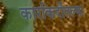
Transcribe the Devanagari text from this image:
कारकिर्दीतल्या